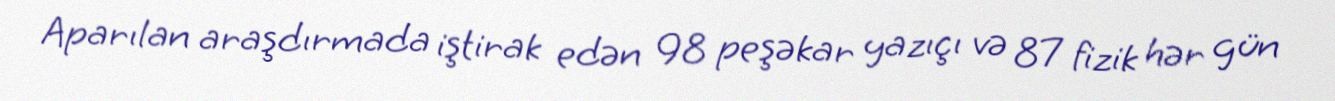
Aparılan araşdırmada iştirak edən 98 peşəkar yazıçı və 87 fizik hər gün